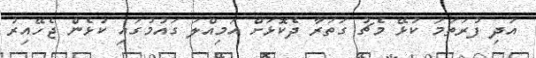
އަދި ފުރަތަމަ ކުޅޭ މެޗު ގަތަރާ ދެކޮޅަށް އަމިއްލަ ގައުމުގައި ކުޅެން ޖެހޭއިރު